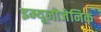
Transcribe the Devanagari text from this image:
इम्यूनोजेनिक